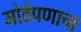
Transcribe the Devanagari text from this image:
मोठेपणाचा